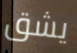
يشق